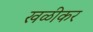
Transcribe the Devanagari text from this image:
खळीकर